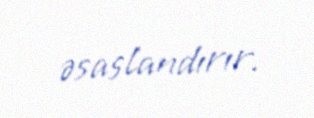
əsaslandırır.